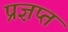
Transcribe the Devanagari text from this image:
प्रज्ञप्त